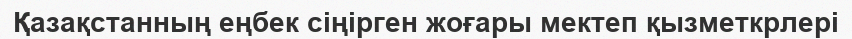
Қазақстанның еңбек сіңірген жоғары мектеп қызметкрлері